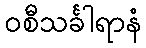
ဝစီသင်္ခါရာနံ